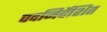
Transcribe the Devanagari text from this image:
पदनिर्देशित